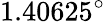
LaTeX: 1.40625^{\circ}